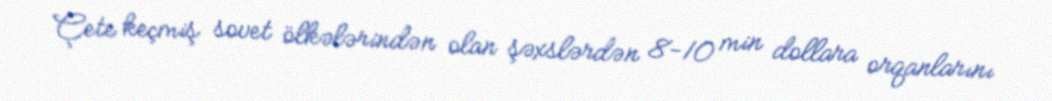
Çete keçmiş sovet ölkələrindən olan şəxslərdən 8-10 min dollara orqanlarını